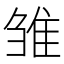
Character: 雏